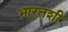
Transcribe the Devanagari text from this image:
भारतशी